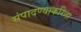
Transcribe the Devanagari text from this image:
संपादण्याकरिता